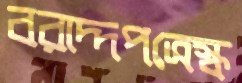
বরাদ্দপত্রেস্ক